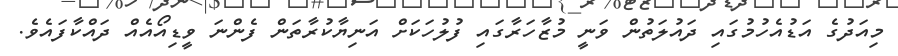
މިއަދުގެ އަޑުއެހުމުގައި ދައުލަތުން ވަނީ މުޒާހަރާގައި ފުލުހަކަށް އަނިޔާކުރާތަން ފެންނަ ވީޑިއޯއެއް ދައްކާފައެވެ.